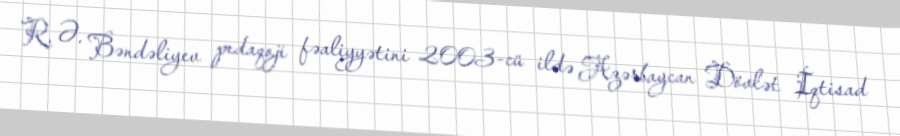
R. Ə. Bəndəliyev pedaqoji fəaliyyətini 2003-cü ildə Azərbaycan Dövlət İqtisad